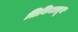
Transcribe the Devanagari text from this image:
तिकिटातून